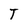
Character: T